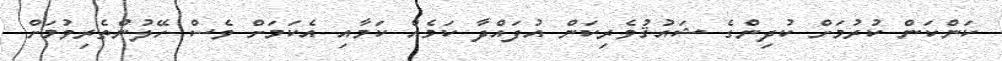
ކަންކަން ކުރުމަށް ކުދިންގެ ޝައުޤުވެރިކަން އުފައްދާ ކަމެއް ކަމާއި އެކަމަށް ވެސް ހޭލުންތެރިވުމަށް